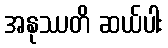
အနုဿတိ ဆယ်ပါး